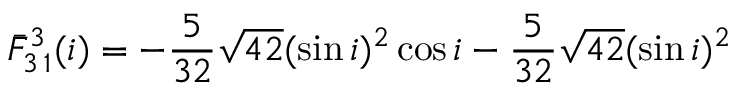
\bar { F } _ { 3 \, 1 } ^ { 3 } ( i ) = - \frac { 5 } { 3 2 } \sqrt { 4 2 } ( \sin i ) ^ { 2 } \cos i - \frac { 5 } { 3 2 } \sqrt { 4 2 } ( \sin i ) ^ { 2 }